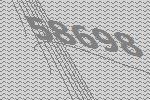
58698